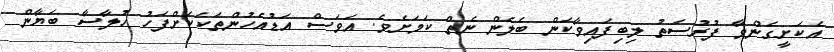
އެކަށީގެންވާ ފުރުސަތު ލިބިފައިވާކަން ބެލެން ނެތް ކަމަށެވެ. އަވަސް އަޑުއެހުންތަކަކަށްފަހު ހުލާސާ ބަޔާން